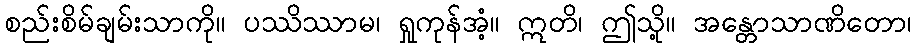
စည်းစိမ်ချမ်းသာကို။ ပဿိဿာမ၊ ရှုကုန်အံ့။ ဣတိ၊ ဤသို့။ အန္တောသာဏိတော၊